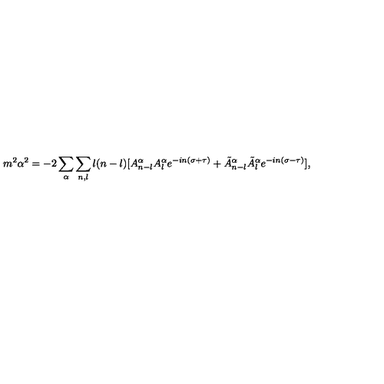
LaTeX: m ^ { 2 } \alpha ^ { 2 } = - 2 \sum _ { \alpha } \sum _ { n , l } l ( n - l ) [ A _ { n - l } ^ { \alpha } A _ { l } ^ { \alpha } e ^ { - i n ( \sigma + \tau ) } + \tilde { A } _ { n - l } ^ { \alpha } \tilde { A } _ { l } ^ { \alpha } e ^ { - i n ( \sigma - \tau ) } ] ,